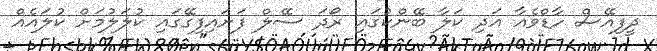
ދީފިއޭސް ހާޑްވެއާ އަދި ކަލާ ބޭންކުގައި ރޯދަ ސޭލް ފަށައިފިގޭގައި ކުލަލުމަށް ކުލައެއް